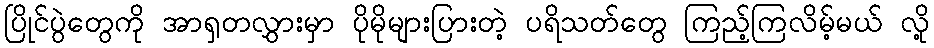
ပြိုင်ပွဲတွေကို အာရှတလွှားမှာ ပိုမိုများပြားတဲ့ ပရိသတ်တွေ ကြည့်ကြလိမ့်မယ် လို့